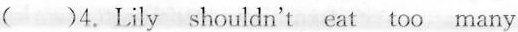
( )4.Lily shouldn't eat too many